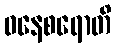
ဝနေစရောတိ